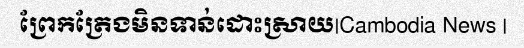
ព្រែកត្រែងមិនទាន់ដោះស្រាយ|Cambodia News |